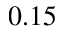
0 . 1 5